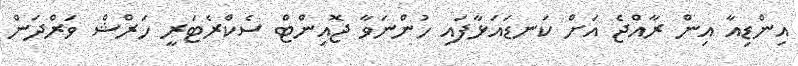
އިންޑިއާ އިން ރާއްޖެ އަށް ކަނޑައަޅާފައި ހުންނަވާ ޖޮއިންޓް ސެކްރެޓަރީ ހަރްޝް ވަރްދަން